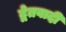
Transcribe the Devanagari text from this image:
द्वेतवादी